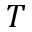
T